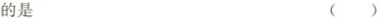
的是 ()